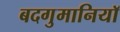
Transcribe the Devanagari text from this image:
बदगुमानियाॅ